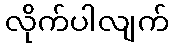
လိုက်ပါလျက်